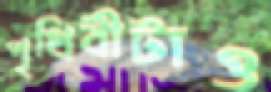
পৃথিবীটাও